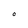
Character: O